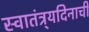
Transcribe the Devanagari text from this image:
स्वातंत्र्यदिनाची